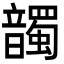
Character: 𩑂